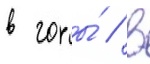
в горы́ / в